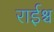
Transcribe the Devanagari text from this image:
राईश्च